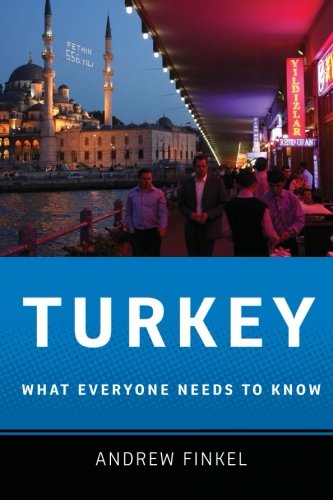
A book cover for Turkey: What Everyone Needs to KnowÂ®; Andrew Finkel; History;